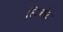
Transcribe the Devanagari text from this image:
स्टिअरेट